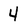
Character: 4